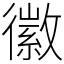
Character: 徽